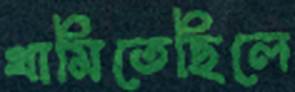
থামিতেছিলে